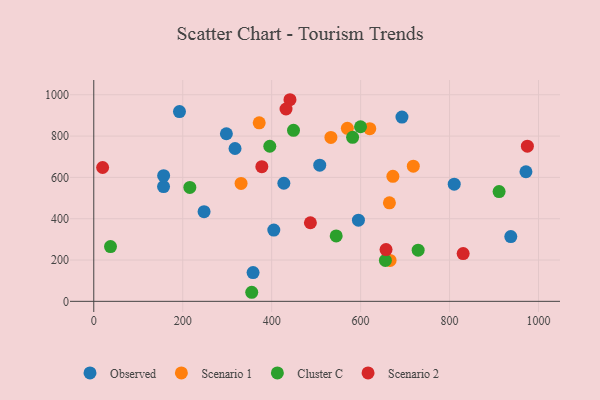
{"axis": {"x": "Ad Spend", "y": "Profit"}, "legend": ["Cluster C", "Observed", "Scenario 1", "Scenario 2"], "data": [{"x": "971.8", "y": 627.3, "type": "Observed"}, {"x": "192.7", "y": 918.6, "type": "Observed"}, {"x": "404.8", "y": 345.2, "type": "Observed"}, {"x": "427.4", "y": 571.6, "type": "Observed"}, {"x": "298.2", "y": 811.3, "type": "Observed"}, {"x": "937.7", "y": 313.5, "type": "Observed"}, {"x": "595.1", "y": 392.9, "type": "Observed"}, {"x": "508.1", "y": 659.0, "type": "Observed"}, {"x": "693.0", "y": 891.7, "type": "Observed"}, {"x": "156.9", "y": 555.5, "type": "Observed"}, {"x": "358.2", "y": 139.1, "type": "Observed"}, {"x": "157.1", "y": 608.5, "type": "Observed"}, {"x": "248.0", "y": 433.9, "type": "Observed"}, {"x": "317.6", "y": 739.8, "type": "Observed"}, {"x": "810.5", "y": 567.1, "type": "Observed"}, {"x": "666.3", "y": 198.1, "type": "Scenario 1"}, {"x": "620.6", "y": 835.9, "type": "Scenario 1"}, {"x": "664.8", "y": 476.7, "type": "Scenario 1"}, {"x": "718.5", "y": 654.1, "type": "Scenario 1"}, {"x": "372.0", "y": 864.2, "type": "Scenario 1"}, {"x": "672.6", "y": 604.9, "type": "Scenario 1"}, {"x": "570.2", "y": 837.6, "type": "Scenario 1"}, {"x": "331.2", "y": 570.8, "type": "Scenario 1"}, {"x": "533.2", "y": 793.4, "type": "Scenario 1"}, {"x": "545.1", "y": 316.8, "type": "Cluster C"}, {"x": "599.8", "y": 845.0, "type": "Cluster C"}, {"x": "729.4", "y": 247.9, "type": "Cluster C"}, {"x": "37.6", "y": 264.9, "type": "Cluster C"}, {"x": "449.1", "y": 827.6, "type": "Cluster C"}, {"x": "911.4", "y": 531.5, "type": "Cluster C"}, {"x": "355.2", "y": 43.9, "type": "Cluster C"}, {"x": "395.8", "y": 750.6, "type": "Cluster C"}, {"x": "216.0", "y": 551.3, "type": "Cluster C"}, {"x": "655.7", "y": 197.9, "type": "Cluster C"}, {"x": "582.0", "y": 794.1, "type": "Cluster C"}, {"x": "377.9", "y": 651.8, "type": "Scenario 2"}, {"x": "441.2", "y": 975.9, "type": "Scenario 2"}, {"x": "975.0", "y": 751.1, "type": "Scenario 2"}, {"x": "830.6", "y": 231.3, "type": "Scenario 2"}, {"x": "487.1", "y": 380.4, "type": "Scenario 2"}, {"x": "19.9", "y": 647.8, "type": "Scenario 2"}, {"x": "432.3", "y": 931.0, "type": "Scenario 2"}, {"x": "657.2", "y": 250.5, "type": "Scenario 2"}]}